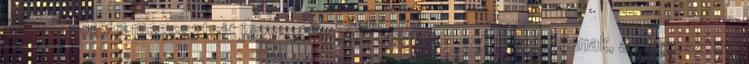
Ahhoz, hogy a megosztott jegyzetfüzetek helyesen szinkronizáljanak, a megosztott